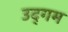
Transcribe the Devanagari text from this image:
उद्‌गम